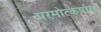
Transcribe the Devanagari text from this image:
परमोत्कर्षास